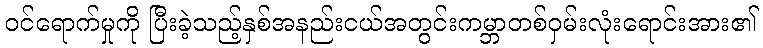
ဝင်ရောက်မှုကို ပြီးခဲ့သည့်နှစ်အနည်းငယ်အတွင်းကမ္ဘာတစ်ဝှမ်းလုံးရောင်းအား၏